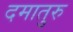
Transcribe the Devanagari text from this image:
दमातुरु